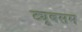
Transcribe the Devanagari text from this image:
ट्यूबसम